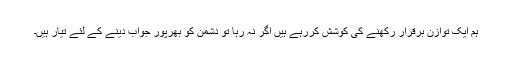
ہم ایک توازن برقرار رکھنے کی کوشش کررہے ہیں اگر نہ رہا تو دشمن کو بھرپور جواب دینے کے لئے تیار ہیں۔